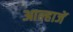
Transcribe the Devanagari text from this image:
आल्हाजें